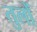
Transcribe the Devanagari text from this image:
तुलों